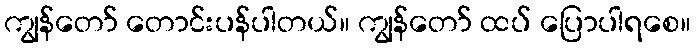
ကျွန်တော် တောင်းပန်ပါတယ်။ ကျွန်တော် ထပ် ပြောပါရစေ။